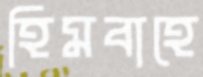
হিমবাহে